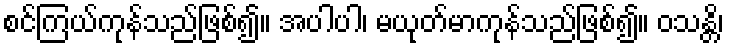
စင်ကြယ်ကုန်သည်ဖြစ်၍။ အပါပါ၊ မယုတ်မာကုန်သည်ဖြစ်၍။ ဝသန္တိ၊